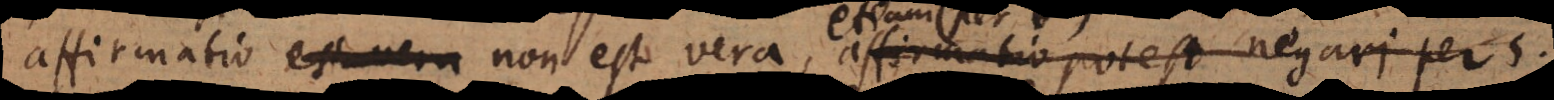
affirmatio non est vera, affirmatio potest negari per 5